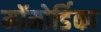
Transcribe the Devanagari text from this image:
मॉमोर्डिका